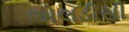
એલડીસી